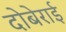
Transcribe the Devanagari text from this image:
दोबेराई